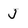
Character: J